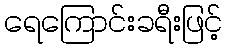
ရေကြောင်းခရီးဖြင့်